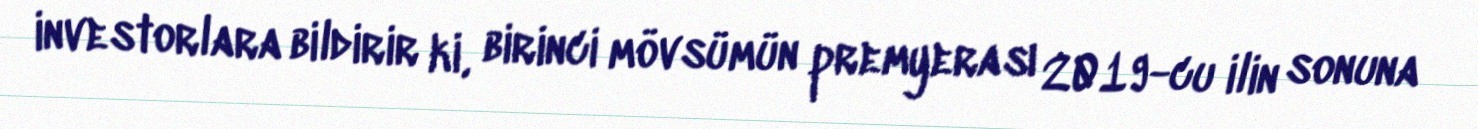
investorlara bildirir ki, birinci mövsümün premyerası 2019-cu ilin sonuna